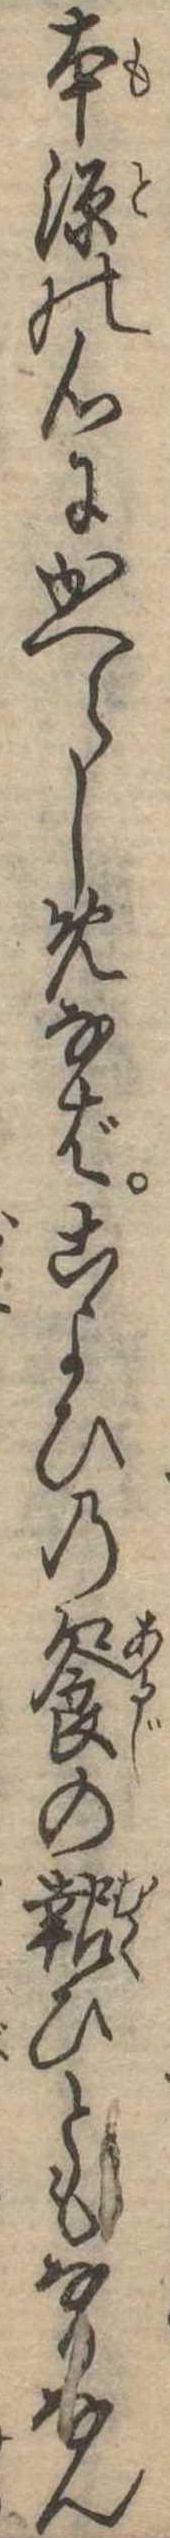
本源の心にかへらしめなばこよひの饗の報ひともなりなん